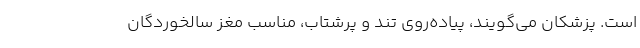
است. پزشکان می‌گویند، پیاده‌روی تند و پرشتاب، مناسب مغز سالخوردگان